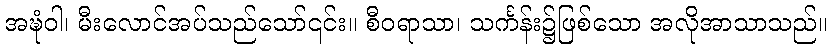
အဍ္ဎံဝါ၊ မီးလောင်အပ်သည်သော်၎င်း။ စီဝရာသာ၊ သင်္ကန်း၌ဖြစ်သော အလိုအာသာသည်။